Indian journal of veterinary science and animal husbandry - Volume 2,
Year: 1932
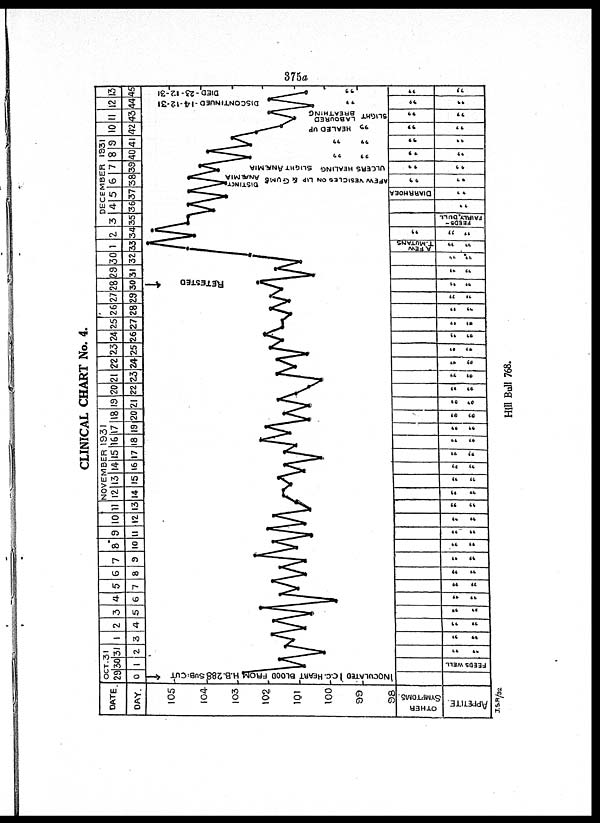
CLINICAL CHART No. 4.